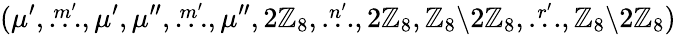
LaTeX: (\mu^{\prime},\stackrel{m^{\prime}}{\dots},\mu^{\prime},\mu^{\prime\prime},\stackrel{m^{\prime}}{\dots},\mu^{\prime\prime},2\mathbb{Z}_{8},\stackrel{n^{\prime}}{\dots},2\mathbb{Z}_{8},\mathbb{Z}_{8}{\setminus}2\mathbb{Z}_{8},\stackrel{r^{\prime}}{\dots},\mathbb{Z}_{8}{\setminus}2\mathbb{Z}_{8})